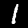
Label: 1